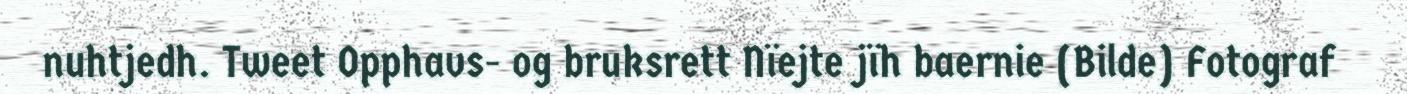
nuhtjedh. Tweet Opphavs- og bruksrett Nïejte jïh baernie (Bilde) Fotograf